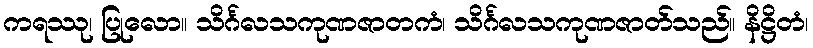
ကရဿု၊ ပြုလော။ သိင်္ဂလသကုဏဇာတကံ၊ သိင်္ဂလသကုဏဇာတ်သည်။ နိဋ္ဌိတံ၊